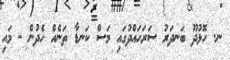
ނ. ހޮޅުދޫ ބަނދަރު ސަރަހައްދުގައި މަސް ކަނޑާ ތަނެއް ހެދުން - މައި